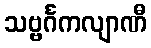
သဗ္ဗင်္ဂကလျာဏီ